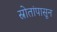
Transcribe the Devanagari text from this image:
स्रोतांपासून